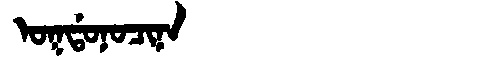
Manchu: ᠣᡴᡩᠣᠨᠣᠴᡳᠨᠠ
Romanization: OKDONOCINA